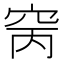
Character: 窉